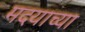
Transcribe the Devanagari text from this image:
मदयाच्या